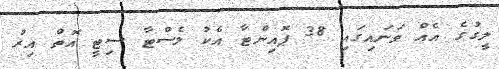
ލީގުގެ އެއް ވަނައިގައި 38 ޕޮއިންޓާ އެކު ލެސްޓާ ސިޓީ އޮތް އިރު